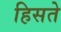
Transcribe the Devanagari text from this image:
हिसते